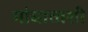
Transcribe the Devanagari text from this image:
मांधाताशी